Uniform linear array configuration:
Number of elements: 12
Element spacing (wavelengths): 1
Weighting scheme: uniform
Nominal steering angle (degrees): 60
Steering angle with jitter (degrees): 59.676
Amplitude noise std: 0.05
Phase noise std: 0.05

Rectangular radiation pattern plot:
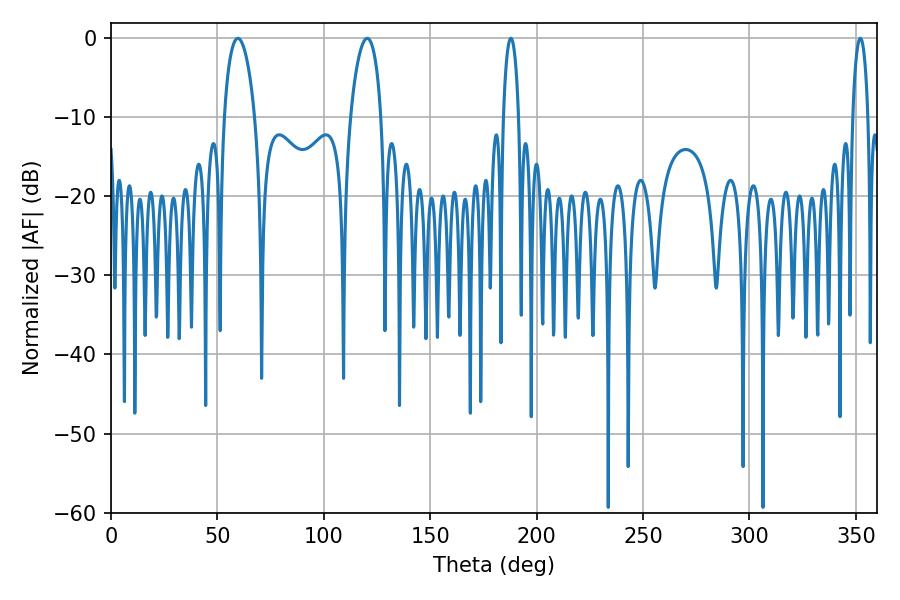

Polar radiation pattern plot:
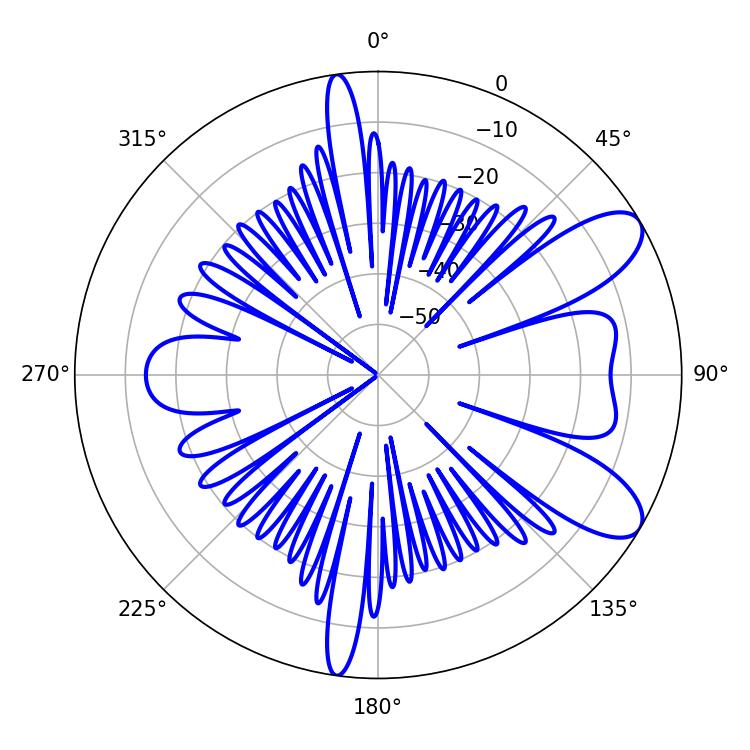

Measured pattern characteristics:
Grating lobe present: TRUE
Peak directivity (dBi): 8.97
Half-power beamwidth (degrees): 8.1
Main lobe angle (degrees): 59.58